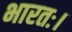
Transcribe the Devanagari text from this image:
भारतः।